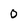
Character: 0